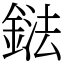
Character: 鍅